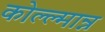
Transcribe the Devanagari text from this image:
कोल्ल्मान्न